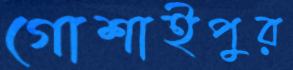
গোশাইপুর